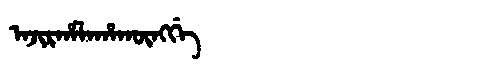
Manchu: ᠠᠵᡳᡵᡥᠠᠯᠠᡥᠠᡴᡡᠩᡤᡝ
Romanization: AJIRHALAHAKŪNGGE